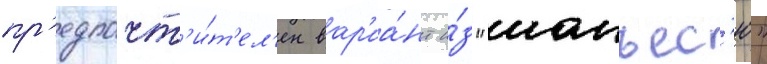
пр'едпочт'и́т'ел'ен вар'иа́нт и́з "манъес'ю"